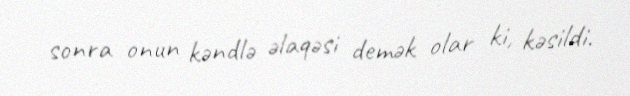
sonra onun kəndlə əlaqəsi demək olar ki, kəsildi.